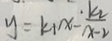
y = k _ { 1 } x - \frac { k _ { 2 } } { x - 2 }